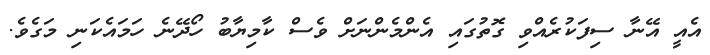
އެއީ އޭނާ ސިފަކުރެއްވި ގޮތުގައި އެންމެންނަށް ވެސް ކާމިޔާބު ހޯދޭނެ ހަމައެކަނި މަގެވެ.